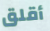
أقلق